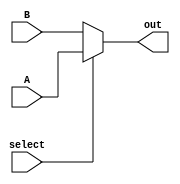
`timescale 1ns / 1ps
//////////////////////////////////////////////////////////////////////////////////
// 2:1 Multiplexer

//////////////////////////////////////////////////////////////////////////////////


module mux_2to1(
    input [31:0] A,
    input [31:0] B,
    input select,
    output [31:0] out
    );
    
    assign out = select ? A:B;
    
endmodule